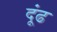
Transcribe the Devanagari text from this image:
दूंढ